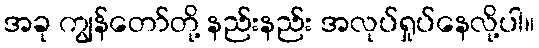
အခု ကျွန်တော်တို့ နည်းနည်း အလုပ်ရှုပ်နေလို့ပါ။